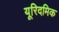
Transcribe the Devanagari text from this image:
यूरिदमिक